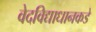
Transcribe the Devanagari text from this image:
वेदविद्याधानकडे